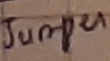
Text: JUMPER